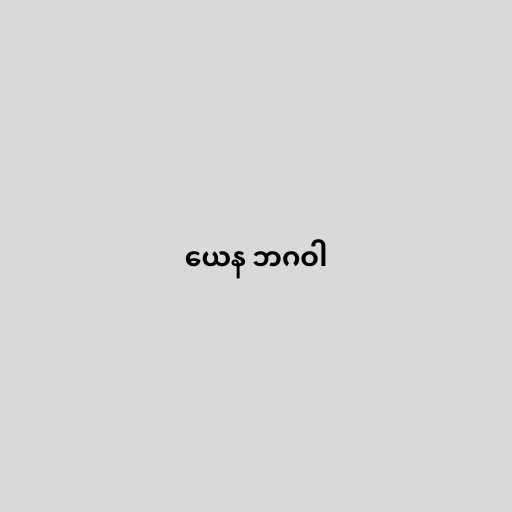
ယေန ဘဂဝါ